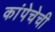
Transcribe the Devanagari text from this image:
कांपेचेची